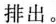
排出。